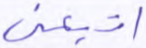
اتبعني